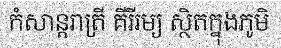
កំសាន្តរាត្រី គីរីរម្យ ស្ថិតក្នុងភូមិ